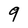
Character: 9